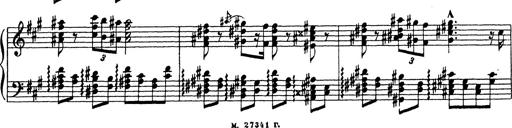
Title: Ballade No.1
Composer: Richard St. Clair